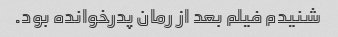
شنیدم فیلم بعد از رمان پدرخوانده بود.